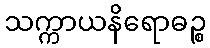
သက္ကာယနိရောဓဉ္စ